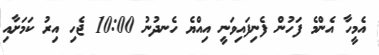
އެމީހާ އެންމެ ފަހުން ފެނިފައިވަނީ އިއްޔެ ހެނދުނު 10:00 ޖެހި އިރު ކަމަށާއި